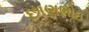
છાણભોઇ